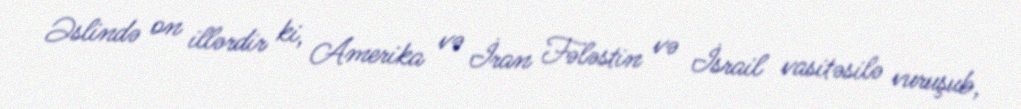
Əslində on illərdir ki, Amerika və İran Fələstin və İsrail vasitəsilə vuruşub,